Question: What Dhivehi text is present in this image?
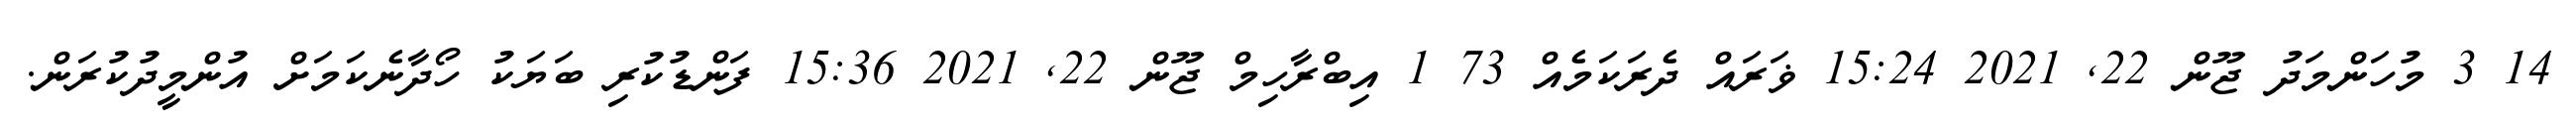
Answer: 14 3 މުހަންމަދު ޖޫން 22, 2021 15:24 ޥަރައް ދެރަކަމެއް 73 1 އިބްރާހިމް ޖޫން 22, 2021 15:36 ފަންޑުކުރި ބަޔަކު ހޯދާނެކަމަށް އުންމީދުކުރަން.